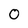
Character: 0